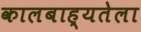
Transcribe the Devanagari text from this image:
कालबाह्यतेला